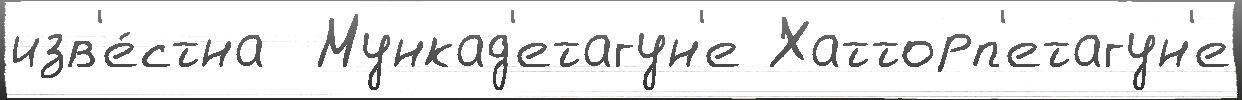
изв'е́стна  Мункад'етагун'е Хатторп'етагун'е